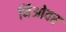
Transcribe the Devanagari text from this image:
थिओवर